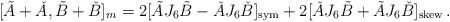
LaTeX: \begin{align*} [\tilde A + \check A, \tilde B + \check B]_m = 2 [ \tilde A J_6 \tilde B - \check A J_6 \check B ]_\mathrm{{sym}} + 2 [ \check A J_6 \tilde B + \tilde{A}J_6\check{B} ]_\mathrm{{skew} } \,.\end{align*}